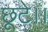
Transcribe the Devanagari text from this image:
छूटे।।